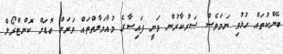
ބޭންކުތައް ހުޅުވި ނަމަވެސް ސަރުކާރުން ވަނީ ފައިސާގެ މުއާމަލާތްތައް ވަރަށް ބޮޑަށް ކޮންޓްރޯލް